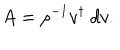
LaTeX: A = \rho ^ { - 1 } v ^ { \dagger } \ d v .